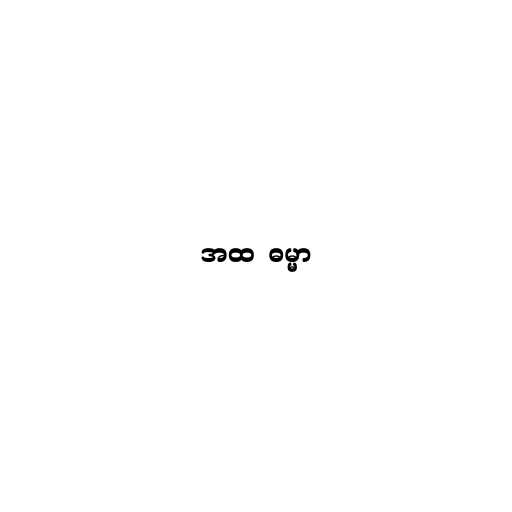
အထ  ဓမ္မာ